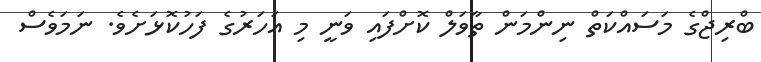
ބްރިޖްގެ މަސައްކަތް ނިންމަން ތާވަލް ކޮށްފައި ވަނީ މި އަހަރުގެ ފަހުކޮޅަށެވެ. ނަމަވެސް